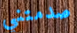
صدمتني